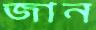
জান